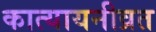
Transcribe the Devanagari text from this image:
कात्यायनीव्रत